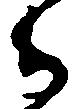
ら